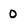
Character: 0